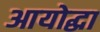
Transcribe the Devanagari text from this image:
आयोद्धा